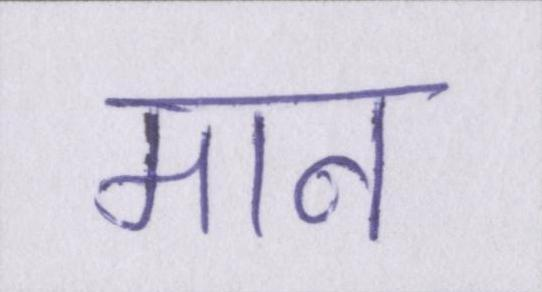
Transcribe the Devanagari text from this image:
मान